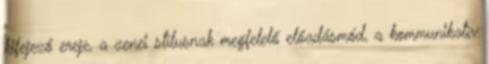
kifejező ereje, a zenei stílusnak megfelelő előadásmód, a kommunikatív